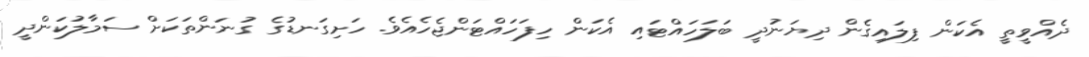
ދެއްވީތީ އެކަން ފިލައިގެން ދިޔަނުދީ ބަލަހައްޓައި އެކަން ހިފަހައްޓަންޖެހެއެވެ. ހަށިގަނޑުގެ ގުނަންތަކަށް ސަމާލުކަންދީ